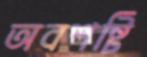
অবশষ্টি